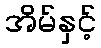
အိမ်နှင့်